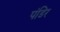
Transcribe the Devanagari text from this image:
पंडिर